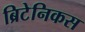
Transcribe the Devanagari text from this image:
ब्रिटेनिकस